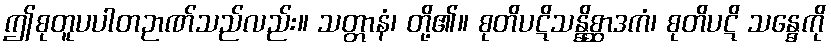
ဤစုတူပပါတဉာဏ်သည်လည်း။ သတ္တာနံ၊ တို့၏။ စုတိပဋိသန္ဓိစ္ဆာဒကံ၊ စုတိပဋိ သန္ဓေကို